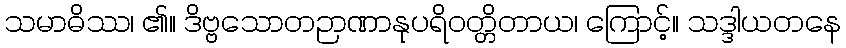
သမာဓိဿ၊ ၏။ ဒိဗ္ဗသောတဉာဏာနုပရိဝတ္တိတာယ၊ ကြောင့်။ သဒ္ဒါယတနေ